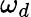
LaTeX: \omega_{d}